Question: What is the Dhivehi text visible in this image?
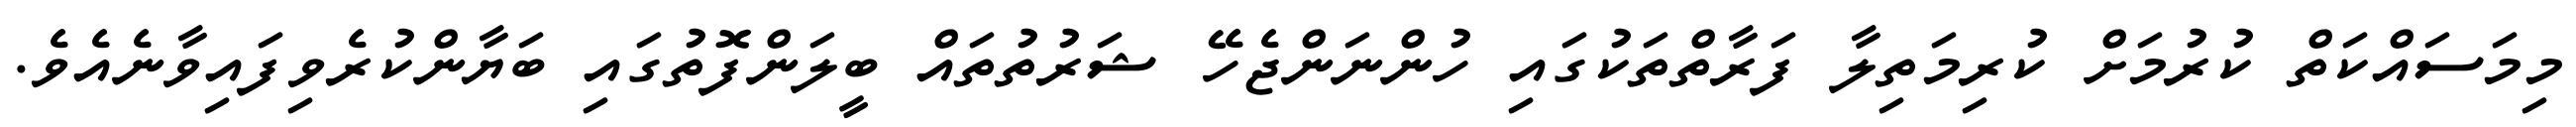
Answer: މިމަސައްކަތް ކުރުމަށް ކުރިމަތިލާ ފަރާތްތަކުގައި ހުންނަންޖެހޭ ޝަރުތުތައް ބީލަންފޮތުގައި ބަޔާންކުރެވިފައިވާނެއެވެ.